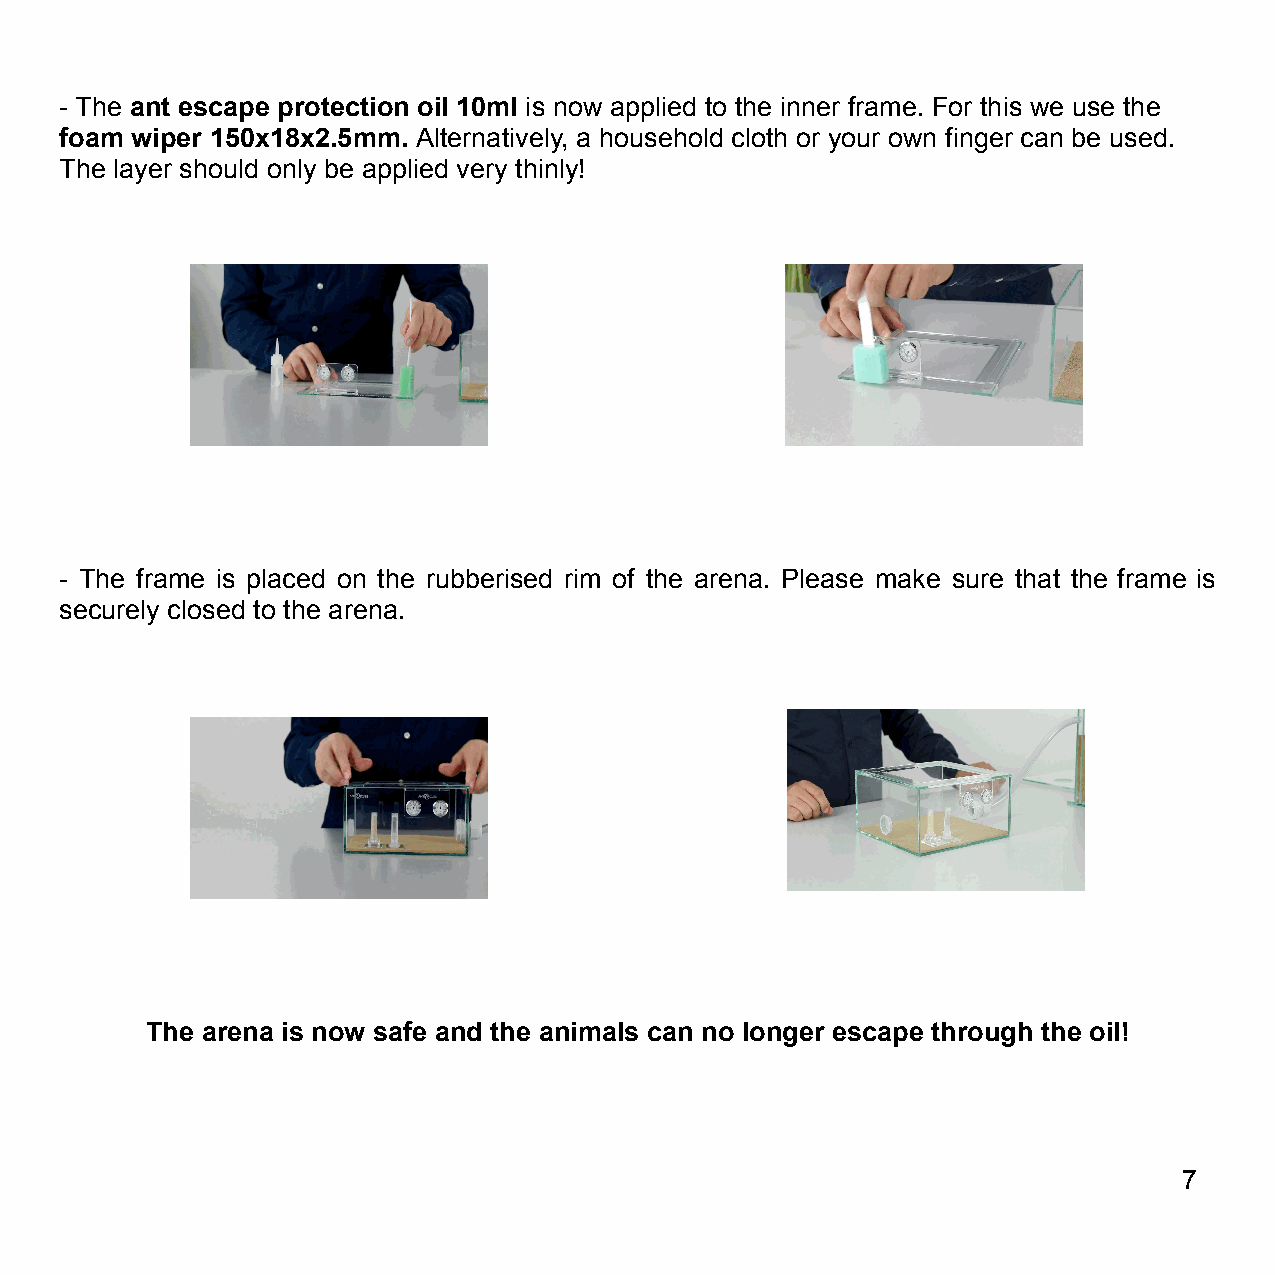
- The ant escape protection oil 10ml is now applied to the inner frame. For this we use the
 foam wiper 150x18x2.5mm. Alternatively, a household cloth or your own finger can be used.
 The layer should only be applied very thinly!
 - The frame is placed on the rubberised rim of the arena. Please make sure that the frame is
 securely closed to the arena.
 The arena is now safe and the animals can no longer escape through the oil!
 7